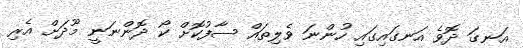
އަނގަ ދޮވެ އަނގައިގައި ހުންނަ ވެލިތައް ސާފުކޮށް ކޯ ދޮންނަނީ މޫދަށް އެރި